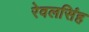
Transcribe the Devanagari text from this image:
रेवलसिंह